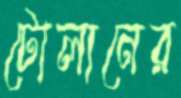
টোলানের